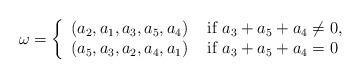
LaTeX: \begin{align*}\omega=\left\{\begin{array}{ll}(a_2,a_1,a_3,a_5,a_4) & \textrm{ if } a_3+a_5+a_4\neq 0,\\(a_5,a_3,a_2,a_4,a_1) & \textrm{ if } a_3+a_5+a_4=0\end{array}\right.\end{align*}